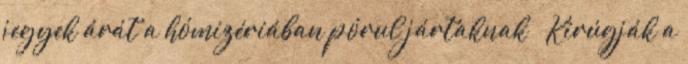
jegyek árát a hómizériában pórul jártaknak ¤ Kirúgják a